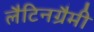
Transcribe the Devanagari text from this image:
लैटिनग्रैमी